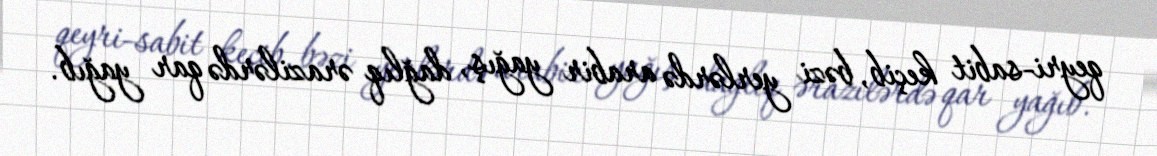
qeyri-sabit keçib, bəzi yerlərdə arabir yağış, dağlıq ərazilərdə qar yağıb.